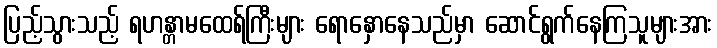
ပြည့်သွားသည့် ရဟန္တာမထေရ်ကြီးများ ရောနှောနေသည်မှာ ဆောင်ရွက်နေကြသူများအား